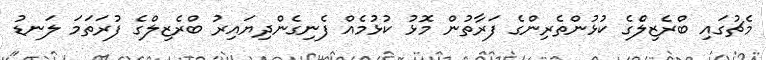
މެޗުގައި ބްރެޒިލްެގެ ކުޅުންތެރިންގެ ފަރާތުން މޮޅު ކުޅުމެއް ފެނިގެންދިޔައިރު ބްރެޒިލްގެ ފުރަތަމަ ލަނޑު